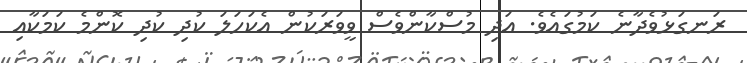
ރަނގަޅުވެދާނެ ކަމުގައެވެ. އަދި މުސްކާންވެސް ވީވަރަކުން އެކަހަލަ ކުދި ކުދި ކޮންމެ ކަމަކާއި